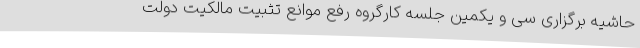
حاشیه برگزاری سی و یکمین جلسه کارگروه رفع موانع تثبیت مالکیت دولت